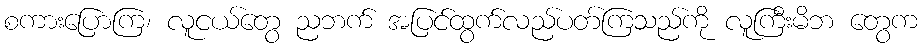
စကားပြောကြ၊ လူငယ်တွေ ညဘက် အပြင်ထွက်လည်ပတ်ကြသည်ကို လူကြီးမိဘ တွေက